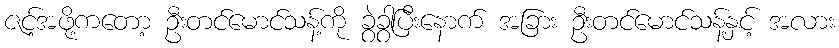
ဇင့်အဖို့ကတော့ ဦးတင်မောင်သန့်ကို ခွဲခွာပြီးနောက် အခြား ဦးတင်မောင်သန့်နှင့် အလား